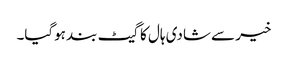
خیر سے شادی ہال کا گیٹ بند ہوگیا۔